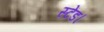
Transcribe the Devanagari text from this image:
स्टेंड।